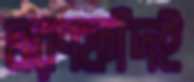
মরণফাঁদই